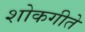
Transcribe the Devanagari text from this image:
शोकगीते